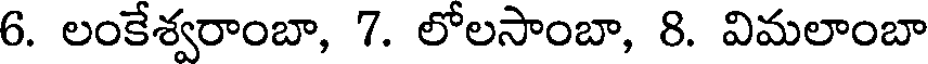
6. లంకేశ్వరాంబా, 7. లోలసాంబా, 8. విమలాంబా